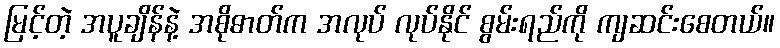
မြင့်တဲ့ အပူချိန်နဲ့ အစိုဓာတ်က အလုပ် လုပ်နိုင် စွမ်းရည်ကို ကျဆင်းစေတယ်။